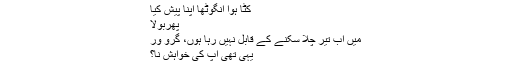
کٹا ہوا انگوٹھا اپنا پیش کیا
پھربولا
میں اب تیر چلا سکنے کے قابل نہیں رہا ہوں، گرو ور
یہی تھی آپ کی خواہش نا؟